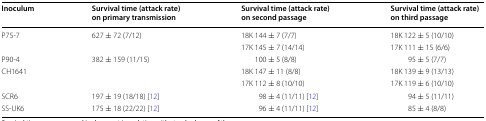
<table><thead><tr><td><b>Inoculum</b></td><td><b>Survival time (attack rate) on primary transmission</b></td><td><b>Survival time (attack rate) on second passage</b></td><td><b>Survival time (attack rate) on third passage</b></td></tr></thead><tbody><tr><td rowspan="2">P75-7</td><td rowspan="2">627 ± 72 (7/12)</td><td>18K 144 ± 7 (7/7)</td><td>18K 122 ± 5 (10/10)</td></tr><tr><td>17K 145 ± 7 (14/14)</td><td>17K 111 ± 15 (6/6)</td></tr><tr><td>P90-4</td><td>382 ± 159 (11/15)</td><td>100 ± 5 (8/8)</td><td>95 ± 5 (7/7)</td></tr><tr><td rowspan="2">CH1641</td><td rowspan="2"></td><td>18K 147 ± 11 (8/8)</td><td>18K 139 ± 9 (13/13)</td></tr><tr><td>17K 112 ± 8 (10/10)</td><td>17K 119 ± 6 (10/10)</td></tr><tr><td>SCR6</td><td>197 ± 19 (18/18) [12]</td><td>98 ± 4 (11/11) [12]</td><td>94 ± 5 (11/11)</td></tr><tr><td>SS-UK6</td><td>175 ± 18 (22/22) [12]</td><td>96 ± 4 (11/11) [12]</td><td>85 ± 4 (8/8)</td></tr></tbody></table>